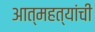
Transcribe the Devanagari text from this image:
आत्महत्यांची